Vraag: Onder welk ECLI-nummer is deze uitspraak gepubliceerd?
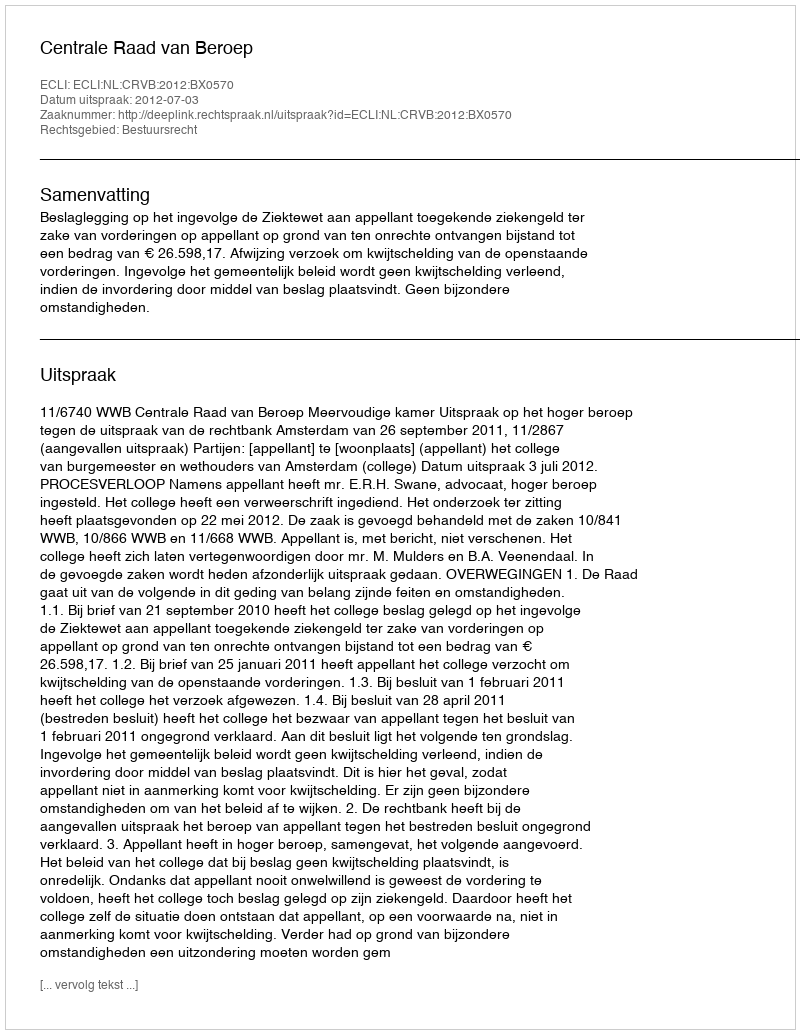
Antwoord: ECLI:NL:CRVB:2012:BX0570